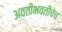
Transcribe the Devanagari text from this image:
अवतीभवतीचेच